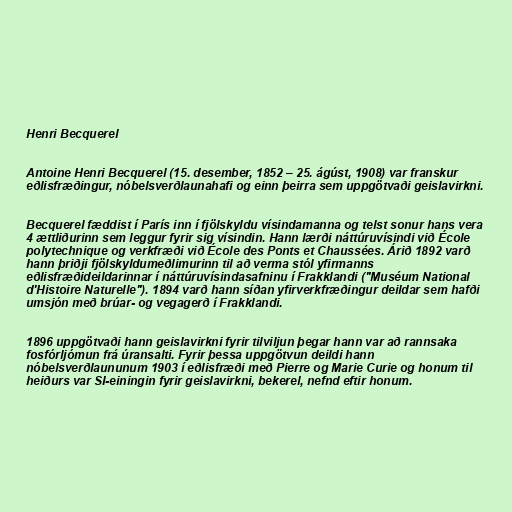
Henri Becquerel

Antoine Henri Becquerel (15. desember, 1852 – 25. ágúst, 1908) var franskur
eðlisfræðingur, nóbelsverðlaunahafi og einn þeirra sem uppgötvaði geislavirkni.

Becquerel fæddist í París inn í fjölskyldu vísindamanna og telst sonur hans vera
4 ættliðurinn sem leggur fyrir sig vísindin. Hann lærði náttúruvísindi við École
polytechnique og verkfræði við École des Ponts et Chaussées. Árið 1892 varð
hann þriðji fjölskyldumeðlimurinn til að verma stól yfirmanns
eðlisfræðideildarinnar í náttúruvísindasafninu í Frakklandi ("Muséum National
d'Histoire Naturelle"). 1894 varð hann síðan yfirverkfræðingur deildar sem hafði
umsjón með brúar- og vegagerð í Frakklandi.

1896 uppgötvaði hann geislavirkni fyrir tilviljun þegar hann var að rannsaka
fosfórljómun frá úransalti. Fyrir þessa uppgötvun deildi hann
nóbelsverðlaununum 1903 í eðlisfræði með Pierre og Marie Curie og honum til
heiðurs var SI-einingin fyrir geislavirkni, bekerel, nefnd eftir honum.